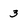
Character: 3